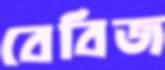
বেবিজ